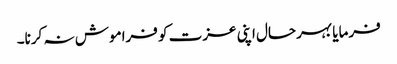
فرمایا بہرحال اپنی عزت کو فراموش نہ کرنا۔